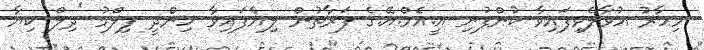
މިހާރު އުވާލެވިފައިވާ ކުންފުނި އީ.އެމް.އޭ.ގެ ފަރާތުން ލިޔެފައިވާ ހިންދީ ފިލްމު 'ދިލް ކިޔާ